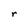
Character: r